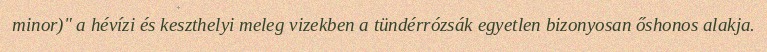
minor)" a hévízi és keszthelyi meleg vizekben a tündérrózsák egyetlen bizonyosan őshonos alakja.